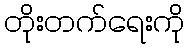
တိုးတက်ရေးကို